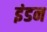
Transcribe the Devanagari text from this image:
इंडन